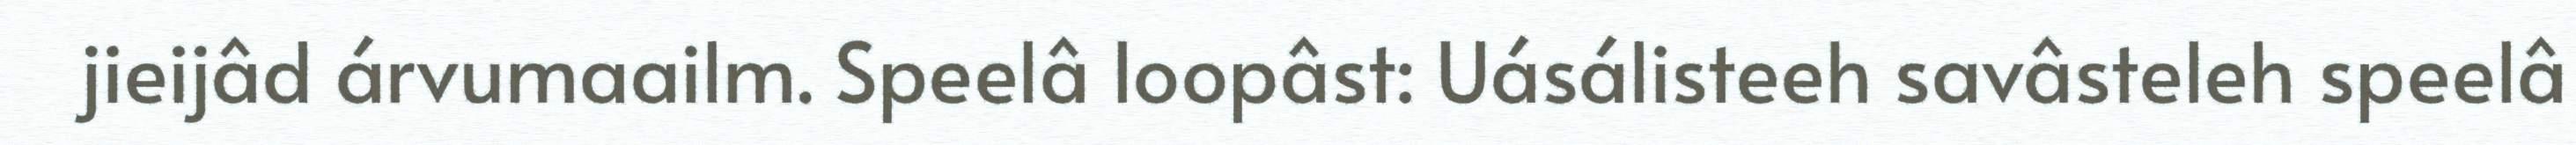
jieijâd árvumaailm. Speelâ loopâst: Uásálisteeh savâsteleh speelâ